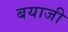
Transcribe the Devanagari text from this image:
बयाजी